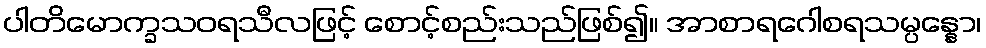
ပါတိမောက္ခသဝရသီလဖြင့် စောင့်စည်းသည်ဖြစ်၍။ အာစာရဂေါစရသမ္ပန္နော၊